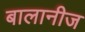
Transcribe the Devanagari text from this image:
बालानीज